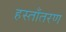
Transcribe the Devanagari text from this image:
हस्ताँतरण